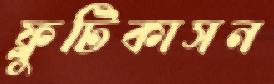
ফ্লুটিকাসন